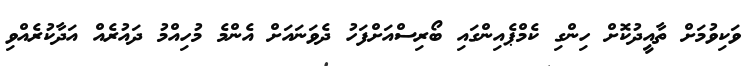
ވަކިވުމަށް ތާއީދުކޮށް ހިންގި ކެމްޕެއިންގައި ބޯރިސްއަށްފަހު ދެވަނައަށް އެންމެ މުހިއްމު ދައުރެއް އަދާކުރެއްވި